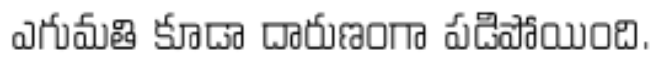
ఎగుమతి కూడా దారుణంగా పడిపోయింది.